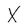
Character: X